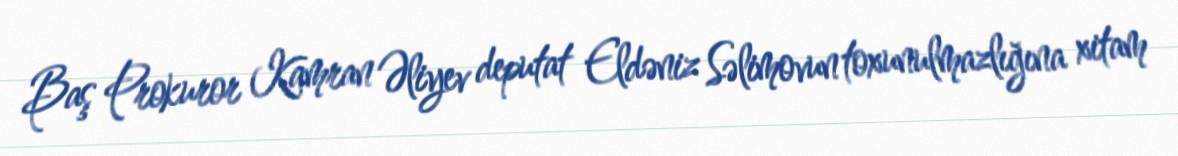
Baş Prokuror Kamran Əliyev deputat Eldəniz Səlimovun toxunulmazlığına xitam